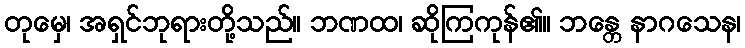
တုမှေ၊ အရှင်ဘုရားတို့သည်။ ဘဏထ၊ ဆိုကြကုန်၏။ ဘန္တေ နာဂသေန၊